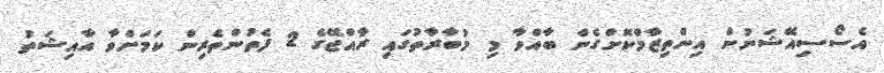
އެސޯސިއޭޝަނުން އިންތިޒާމްކޮށްގެން ބާއްވާ މި މުބާރާތުގައި ރާއްޖޭގެ 2 ފެތުންތެރިން ކަމަށްވާ އާއިޝަތު